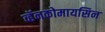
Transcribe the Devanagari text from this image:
व्हॅनकोमायसिन